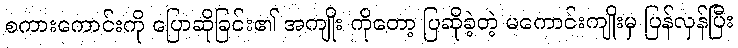
စကားကောင်းကို ပြောဆိုခြင်း၏ အကျိုး ကိုတော့ ပြဆိုခဲ့တဲ့ မကောင်းကျိုးမှ ပြန်လှန်ပြီး